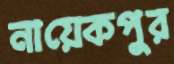
নায়েকপুর